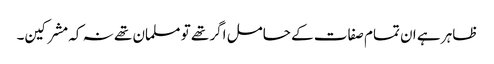
ظاہر ہے ان تمام صفات کے حامل اگر تھے تو مسلمان تھے نہ کہ مشرکین۔